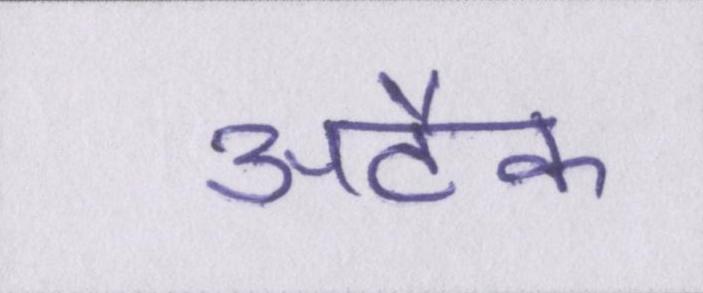
अटैक